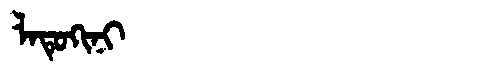
Manchu: ᠯᠠᡨᡠᡴᡳᠨᡳ
Romanization: LATUKINI